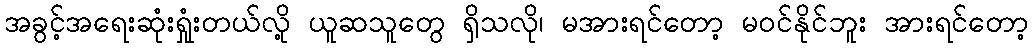
အခွင့်အရေးဆုံးရှုံးတယ်လို့ ယူဆသူတွေ ရှိသလို၊ မအားရင်တော့ မဝင်နိုင်ဘူး အားရင်တော့